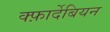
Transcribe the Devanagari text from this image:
क्फ़ार्देबियन